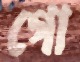
গো